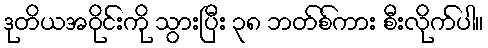
ဒုတိယအဝိုင်းကို သွားပြီး ၃၈ ဘတ်စ်ကား စီးလိုက်ပါ။